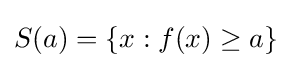
S(a)=\{x:f(x)\geq a\}